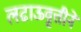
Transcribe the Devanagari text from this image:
लढाऊवृत्तीने